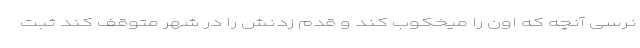
نَرسی آنچه که اون را میخکوب کُند و قدم زدنش را در شهر متوقف کُند ثبت